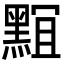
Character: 𪑎